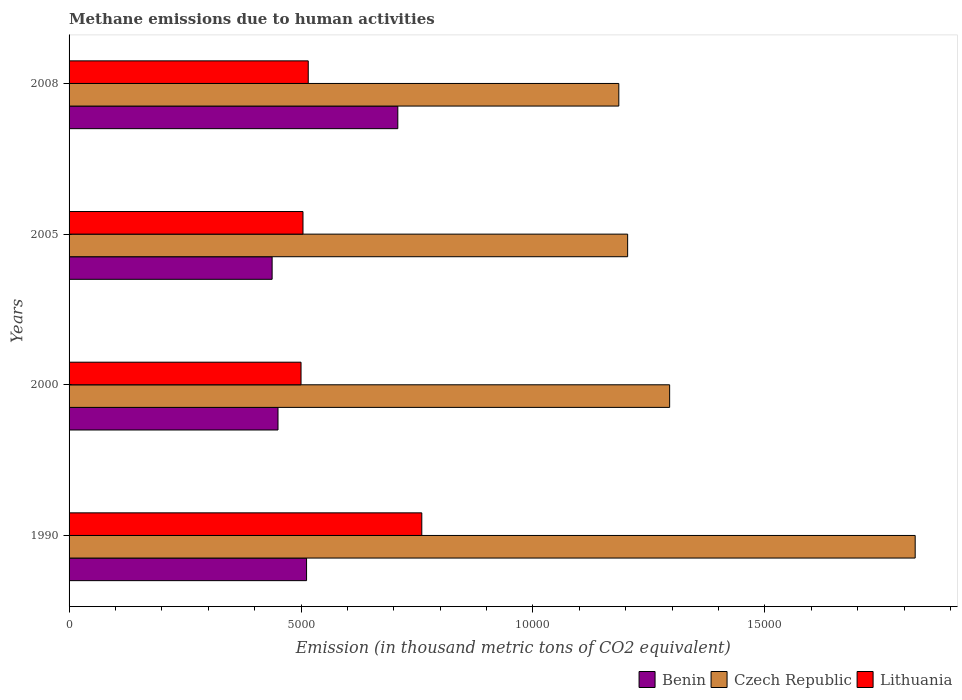
| Years | Benin | Czech Republic | Lithuania |
 | --- | --- | --- | --- |
 | 1990 | 5.12e+03 | 1.82e+04 | 7.6e+03 |
 | 2000 | 4.5e+03 | 1.29e+04 | 5e+03 |
 | 2005 | 4.38e+03 | 1.2e+04 | 5.04e+03 |
 | 2008 | 7.09e+03 | 1.19e+04 | 5.16e+03 |